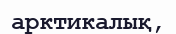
арктикалық,